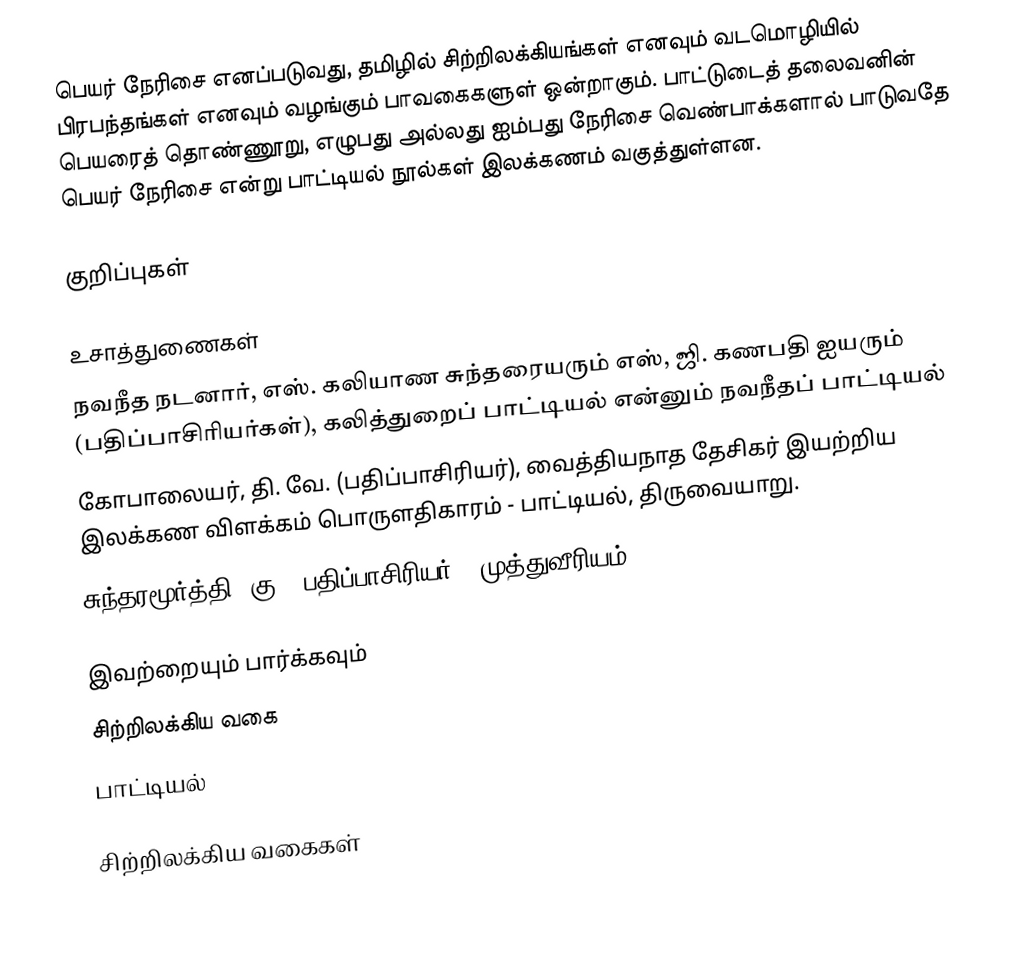
பெயர் நேரிசை எனப்படுவது, தமிழில் சிற்றிலக்கியங்கள் எனவும் வடமொழியில் பிரபந்தங்கள் எனவும் வழங்கும் பாவகைகளுள் ஒன்றாகும்.  பாட்டுடைத் தலைவனின் பெயரைத் தொண்ணூறு, எழுபது அல்லது ஐம்பது நேரிசை வெண்பாக்களால் பாடுவதே பெயர் நேரிசை என்று பாட்டியல் நூல்கள் இலக்கணம் வகுத்துள்ளன.

குறிப்புகள்

உசாத்துணைகள்
 நவநீத நடனார், எஸ். கலியாண சுந்தரையரும் எஸ், ஜி. கணபதி ஐயரும் (பதிப்பாசிரியர்கள்), கலித்துறைப் பாட்டியல் என்னும் நவநீதப் பாட்டியல்
 கோபாலையர், தி. வே. (பதிப்பாசிரியர்), வைத்தியநாத தேசிகர் இயற்றிய இலக்கண விளக்கம் பொருளதிகாரம் - பாட்டியல், திருவையாறு.
 சுந்தரமூர்த்தி, கு. (பதிப்பாசிரியர்), முத்துவீரியம்

இவற்றையும் பார்க்கவும்
 சிற்றிலக்கிய வகை
 பாட்டியல்

சிற்றிலக்கிய வகைகள்